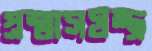
প্রশ্বাসযন্ত্র